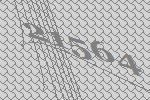
21564